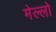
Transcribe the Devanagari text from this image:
मेल्लो